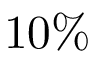
1 0 \%